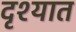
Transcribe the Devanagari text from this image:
दृश्यात